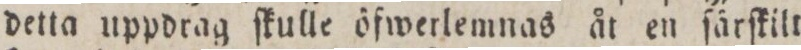
detta uppdrag ſkulle öfwerlemnas åt en ſärſkilt